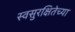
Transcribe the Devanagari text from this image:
स्वसुरक्षितेच्या